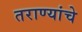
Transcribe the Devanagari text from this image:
तराण्यांचे